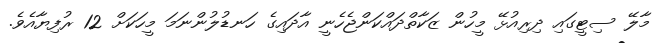
މާލޭ ސިޓީގައި ދިރިއުޅޭ މީހުން ޒަކާތްދައްކަންޖެހެނީ އާދައިގެ ހަނޑުލުންނަމަ މީހަކަށް 12 ރުފިޔާއެވެ.